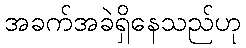
အခက်အခဲရှိနေသည်ဟု